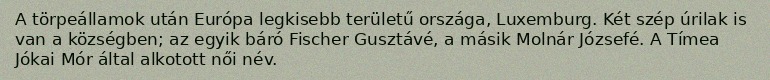
A törpeállamok után Európa legkisebb területű országa, Luxemburg. Két szép úrilak is van a községben; az egyik báró Fischer Gusztávé, a másik Molnár Józsefé. A Tímea Jókai Mór által alkotott női név.